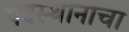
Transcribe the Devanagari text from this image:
पदस्थानाचा